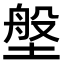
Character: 𪤈